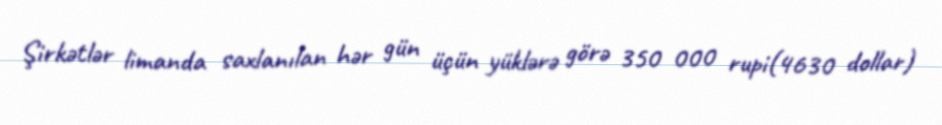
Şirkətlər limanda saxlanılan hər gün üçün yüklərə görə 350 000 rupi(4630 dollar)